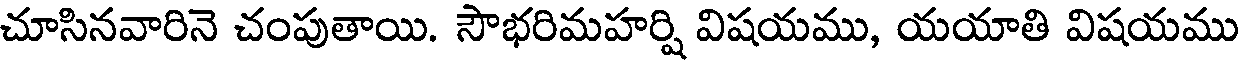
చూసినవారినె చంపుతాయి. సౌభరిమహర్షి విషయము, యయాతి విషయము